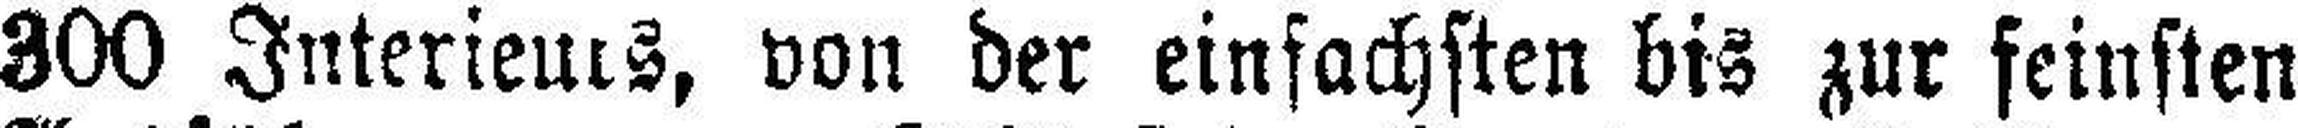
300 Interieurs, von der einfachsten bis zur feinsten